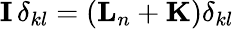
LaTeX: {\mathbf{I}}\, \delta_{kl}=({\mathbf{L}}_{n}+{\mathbf{K}})\delta_{kl}